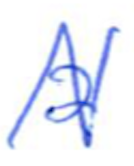
Text: a
Cross-out: zig-zag
Writing tool: ballpoint